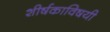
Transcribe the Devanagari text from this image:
शीर्षकाविषयी